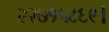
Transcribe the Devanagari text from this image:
२२७१५८६९।